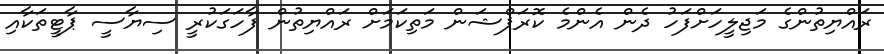
ރައްޔިތުންގެ މަޖިލީހަށްފަހު ދެން އެންމެ ކޮރަޕްޝަން މަތިކަމަށް ރައްޔިތުން ފާހަގަކުރީ ސިޔާސީ ޕާޓީތަކާއި